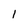
Character: 1